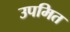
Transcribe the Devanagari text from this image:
उपमित